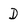
Character: D